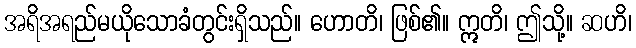
အရိအရည်မယိုသောခံတွင်းရှိသည်။ ဟောတိ၊ ဖြစ်၏။ ဣတိ၊ ဤသို့။ ဆဟိ၊